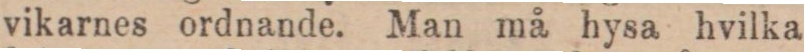
vikarnes ordnande. Man må hysa hvilka